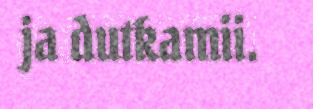
ja dutkamii.